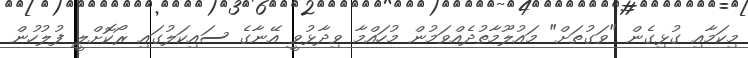
މިކަމާއި ގުޅިގެން "ވަގުތަށް" މައުލޫމާތުދެއްވަމުން މުހައްމާ ވިދާޅުވީ އޭނާގެ ސައިކަލުގައި ރޯކޮށްލީ ފުލުހުން